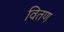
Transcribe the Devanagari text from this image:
वितण